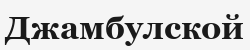
Джамбулской